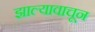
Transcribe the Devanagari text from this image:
झाल्यावाचून